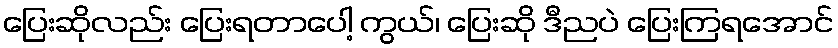
ပြေးဆိုလည်း ပြေးရတာပေါ့ ကွယ်၊ ပြေးဆို ဒီညပဲ ပြေးကြရအောင်